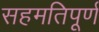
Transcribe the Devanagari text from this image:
सहमतिपूर्ण